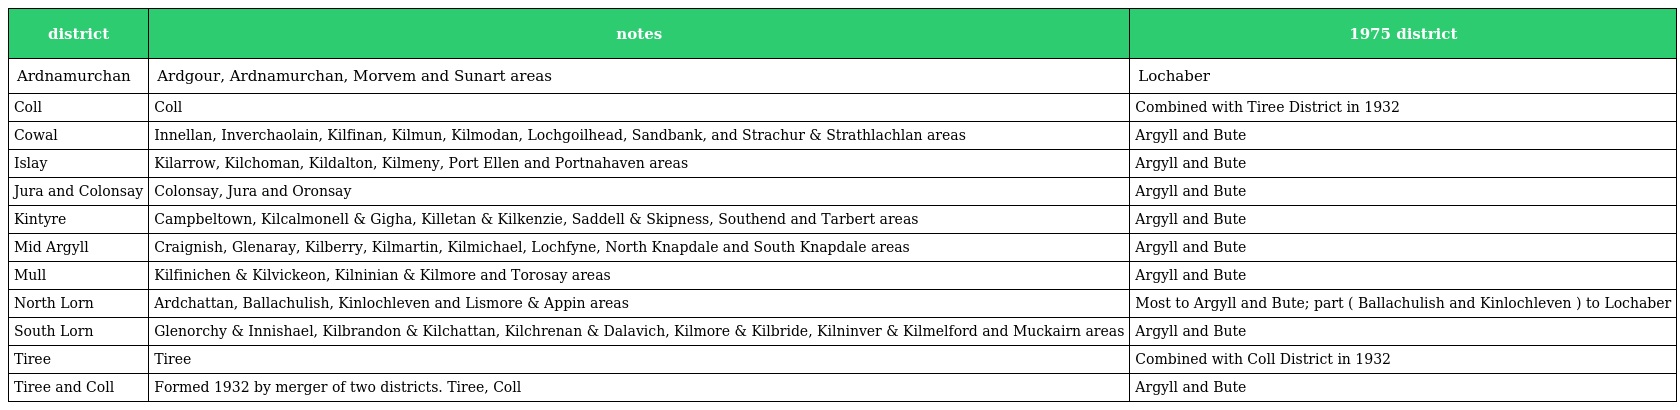
| district | notes | 1975 district |
 | --- | --- | --- |
 | Ardnamurchan | Ardgour, Ardnamurchan, Morvem and Sunart areas | Lochaber |
 | Coll | Coll | Combined with Tiree District in 1932 |
 | Cowal | Innellan, Inverchaolain, Kilfinan, Kilmun, Kilmodan, Lochgoilhead, Sandbank, and Strachur & Strathlachlan areas | Argyll and Bute |
 | Islay | Kilarrow, Kilchoman, Kildalton, Kilmeny, Port Ellen and Portnahaven areas | Argyll and Bute |
 | Jura and Colonsay | Colonsay, Jura and Oronsay | Argyll and Bute |
 | Kintyre | Campbeltown, Kilcalmonell & Gigha, Killetan & Kilkenzie, Saddell & Skipness, Southend and Tarbert areas | Argyll and Bute |
 | Mid Argyll | Craignish, Glenaray, Kilberry, Kilmartin, Kilmichael, Lochfyne, North Knapdale and South Knapdale areas | Argyll and Bute |
 | Mull | Kilfinichen & Kilvickeon, Kilninian & Kilmore and Torosay areas | Argyll and Bute |
 | North Lorn | Ardchattan, Ballachulish, Kinlochleven and Lismore & Appin areas | Most to Argyll and Bute; part ( Ballachulish and Kinlochleven ) to Lochaber |
 | South Lorn | Glenorchy & Innishael, Kilbrandon & Kilchattan, Kilchrenan & Dalavich, Kilmore & Kilbride, Kilninver & Kilmelford and Muckairn areas | Argyll and Bute |
 | Tiree | Tiree | Combined with Coll District in 1932 |
 | Tiree and Coll | Formed 1932 by merger of two districts. Tiree, Coll | Argyll and Bute |